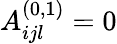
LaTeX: A_{ijl}^{(0,1)}=0